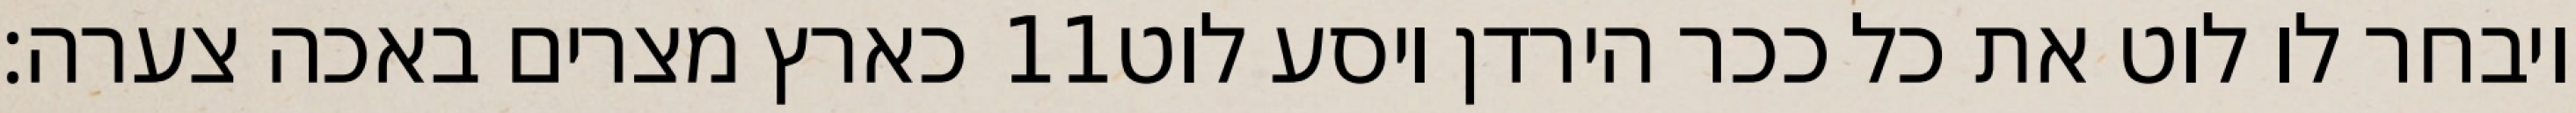
כארץ מצרים באכה צערה׃ ‎11‏ ויבחר לו לוט את כל ככר הירדן ויסע לוט